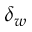
\delta _ { w }